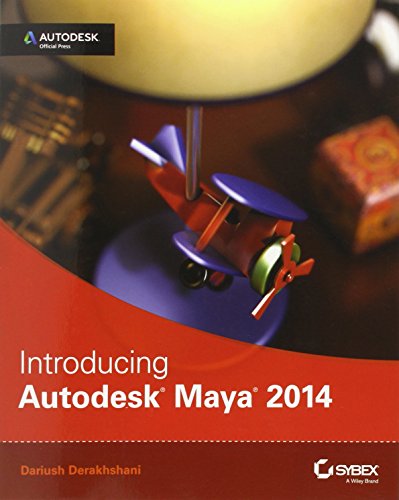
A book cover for Introducing Autodesk Maya 2014: Autodesk Official Press; Dariush Derakhshani; Computers & Technology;